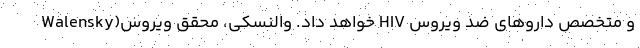
Walensky)خواهد داد. والنسکی، محقق ویروس HIV و متخصص داروهای ضد ویروس